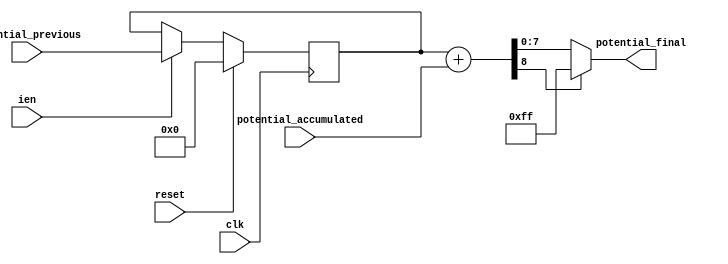
`default_nettype none
`timescale 1ns/1ns


module neuron (
    input wire [7:0] potential_accumulated,
    input wire [7:0] potential_previous,
    output wire [7:0] potential_final,
    input wire ien,
    input wire clk, reset
    );

    reg [7:0] potential_previous_reg;
    always @(posedge clk) begin
        if (reset) begin
            potential_previous_reg <= 0;
        end else begin
            if (ien) begin
            potential_previous_reg <= potential_previous;
            end
        end
    end

    wire [8:0] potential_final_with_carry;
    assign potential_final_with_carry = potential_previous_reg + potential_accumulated;
    assign potential_final = (potential_final_with_carry[8]) ?
                                8'd255 : potential_final_with_carry;

    `ifdef COCOTB_SIM
    initial begin
    $dumpfile ("neuron.vcd");
    $dumpvars (0, neuron);
    #1;
    end
    `endif

endmodule